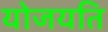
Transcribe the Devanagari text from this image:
योजयति